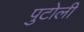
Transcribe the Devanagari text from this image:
पुटोली